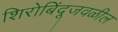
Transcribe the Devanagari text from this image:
शिरोबिंदूजवळील